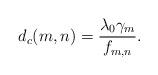
LaTeX: \begin{align*}d_c(m,n) = \frac{\lambda_0\gamma_m}{f_{m,n}}.\end{align*}